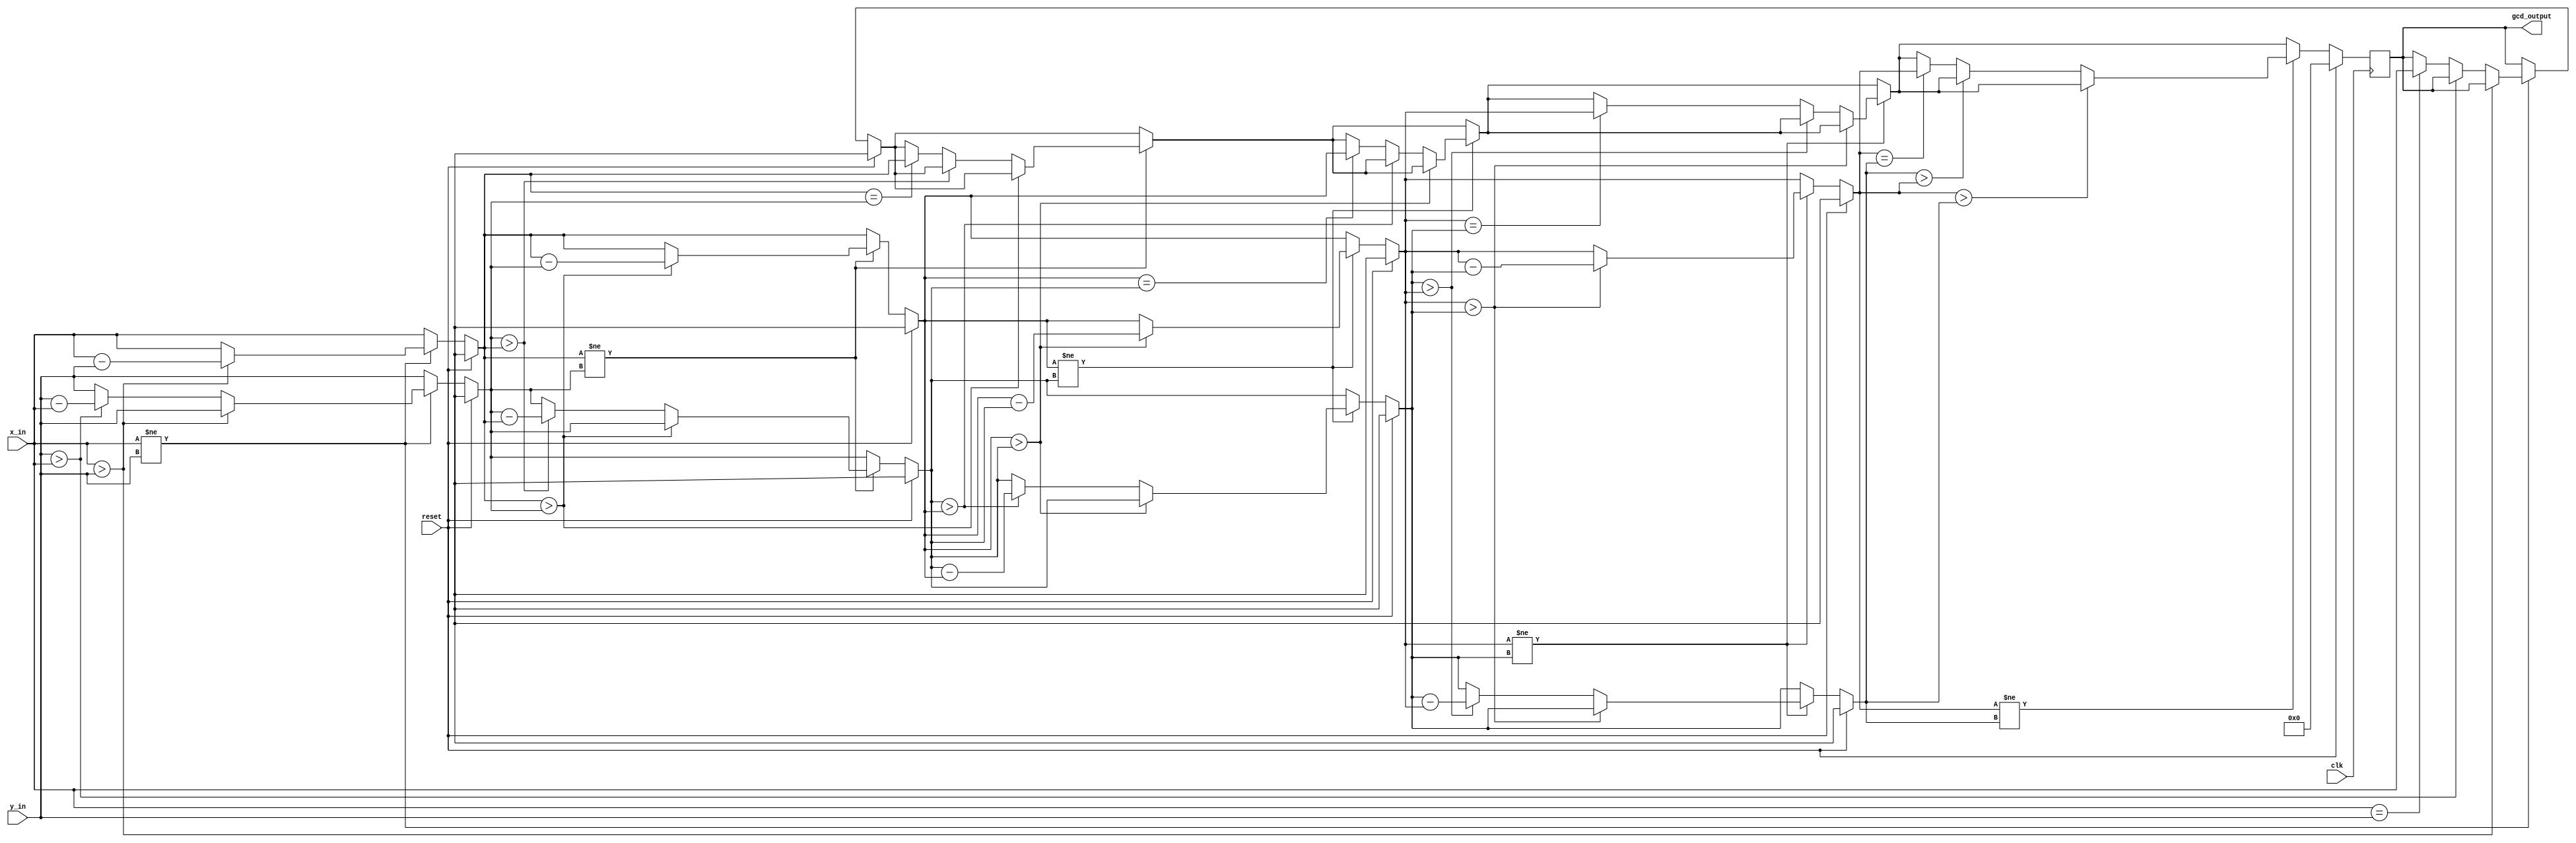
module gcd_datapath(
    input reset,
    input clk,
    input wire [3:0] x_in,
    input wire [3:0] y_in,
    output reg [3:0] gcd_output  
);

reg [3:0] x;
reg [3:0] y;
integer i;

always @(posedge clk) begin
    if(reset) begin
        gcd_output <=0;
    end 
    else begin
        x=x_in;
        y=y_in;

        for(i=1;i<=5;i=i+1) begin
             if(x!=y) begin

                if(x>y) begin
                    x=x-y;
                end
                else if(y>x) begin y=y-x;
                end
            
            else if(x==y) begin 
                gcd_output=x;
            end

        end


        end
       


    end
end

endmodule